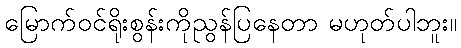
မြောက်ဝင်ရိုးစွန်းကိုညွန်ပြနေတာ မဟုတ်ပါဘူး။